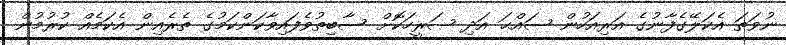
ނުވަތަ އެކަލޭގެފާނުގެ އަރިއަހުން ޞައްޙަ އަދި ޞަރީހަކޮށް ސާބިތުވެފައިވާކަންކަމުގެ ތެރެއިން އެކަމެއް ކުރުމުން